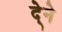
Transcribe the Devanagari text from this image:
दे्ने